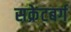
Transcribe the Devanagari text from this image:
सक्रेटबर्ग